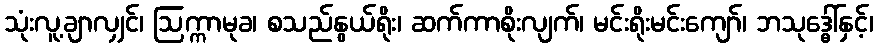
သုံးလူ့ချာလျှင်၊ ဩက္ကာမုခ၊ စသည်နွယ်ရိုး၊ ဆက်ကာစိုးလျက်၊ မင်းရိုးမင်းကျော်၊ ဘသုဒ္ဓေါ်နှင့်၊